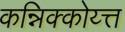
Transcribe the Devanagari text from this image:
कन्निक्कोय्त्त